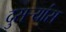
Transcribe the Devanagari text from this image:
दुसर्‍यांस